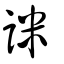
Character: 詸